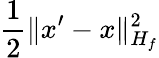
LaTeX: \frac{1}{2}\| x^{\prime}-x\| _{H_{f}}^{2}